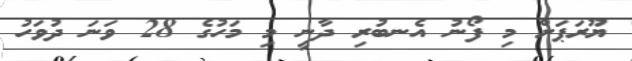
ޔޫރަޕަށް މި ފޯނު އެނބުރި ދާނީ މި މަހުގެ 28 ވަނަ ދުވަހު